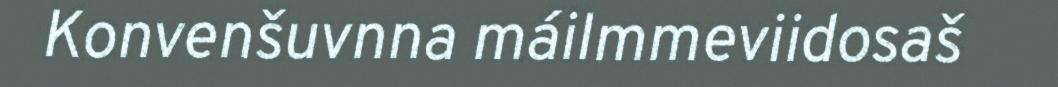
Konvenšuvnna máilmmeviidosaš